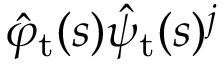
\hat { \varphi } _ { \mathrm { t } } ( s ) \hat { \psi } _ { \mathrm { t } } ( s ) ^ { j }